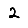
Digit: 2